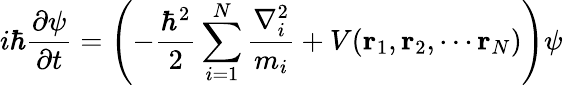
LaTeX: i\hbar{\frac{\partial\psi}{\partial t}}=\left(-{\frac{\hbar^{2}}{2}}\sum_{i=1}^{N}{\frac{\nabla_{i}^{2}}{m_{i}}}+V(\mathbf{r}_{1},\mathbf{r}_{2},\cdots\mathbf{r}_{N})\right)\psi